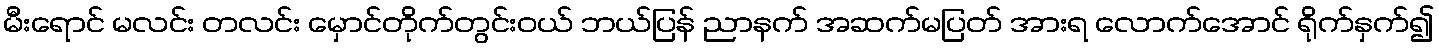
မီးရောင် မလင်း တလင်း မှောင်တိုက်တွင်းဝယ် ဘယ်ပြန် ညာနက် အဆက်မပြတ် အားရ လောက်အောင် ရိုက်နှက်၍